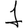
Digit: 1